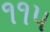
૧૧૫